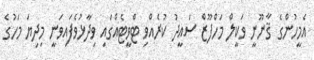
އެމީހުންގެ ޤާނޫނީ ވަކީލް މަހްފޫޒް ސައީދު ކުރެއްވި ޓްވީޓެއްގައި ވިދާޅުވެފައިވަނީ މިދިޔަ މަހުގެ